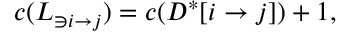
c ( L _ { \ni i \rightarrow j } ) = c ( D ^ { * } [ i \rightarrow j ] ) + 1 ,